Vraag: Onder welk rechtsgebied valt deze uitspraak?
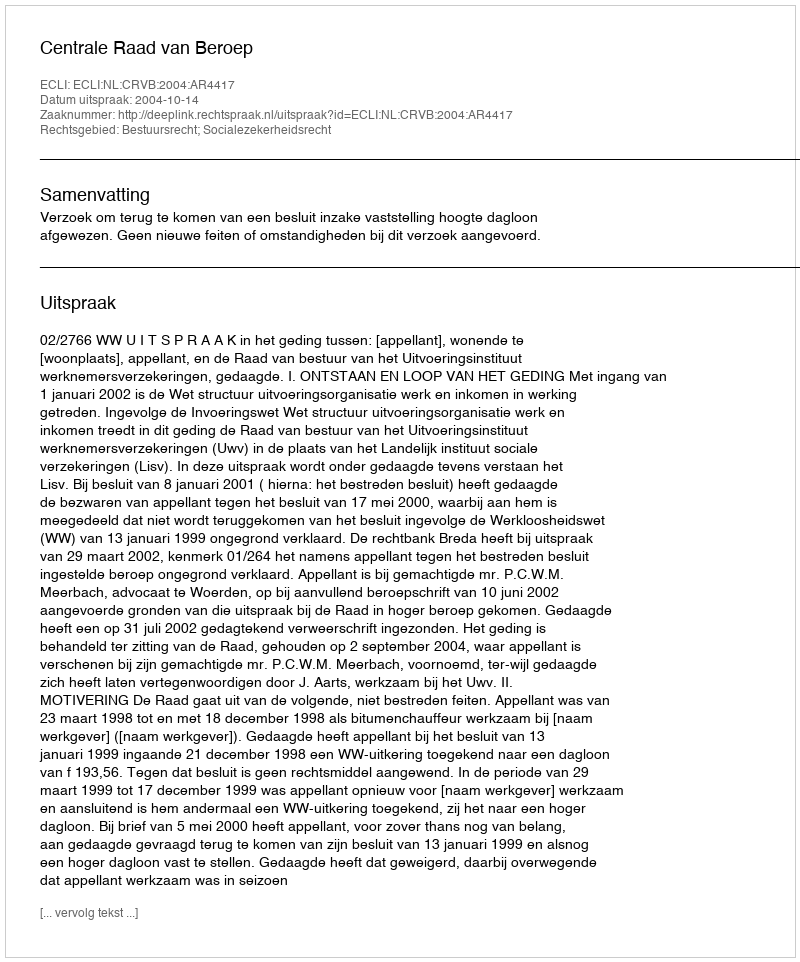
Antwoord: Bestuursrecht; Socialezekerheidsrecht